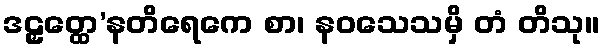
ဒဠှတ္ထေ’နတိရေကေ စာ၊ နဝသေသမှိ တံ တိသု။